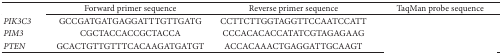
<table><thead><tr><td>[EMPTY_CELL]</td><td><b>Forward primer sequence</b></td><td><b>Reverse primer sequence</b></td><td><b>TaqMan probe sequence</b></td></tr></thead><tbody><tr><td><i>PIK3C3 </i></td><td>GCCGATGATGAGGATTTGTTGATG</td><td>CCTTCTTGGTAGGTTCCAATCCATT</td><td>[EMPTY_CELL]</td></tr><tr><td><i>PIM3 </i></td><td>CGCTACCACCGCTACCA</td><td>CCCACACACCATATCGTAGAGAAG</td><td>[EMPTY_CELL]</td></tr><tr><td><i>PTEN </i></td><td>GCACTGTTGTTTCACAAGATGATGT</td><td>ACCACAAACTGAGGATTGCAAGT</td><td>[EMPTY_CELL]</td></tr></tbody></table>